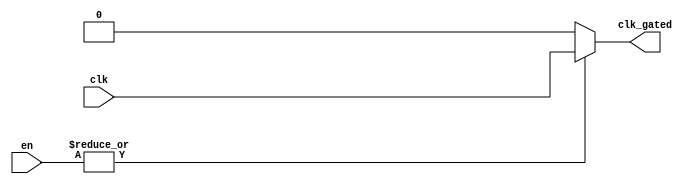
module clock_gating (
    input wire clk,               // Primary clock signal
    input wire [N-1:0] en,       // Enable signals (N can be defined as needed)
    output wire clk_gated        // Gated clock signal
);
    parameter N = 4;             // Number of enable signals (adjust as needed)

    // Internal signal to hold the OR result of enable signals
    wire enable_or;

    // OR gate to combine enable signals
    assign enable_or = |en;      // Bitwise OR operation on enable signals

    // Gated clock logic
    assign clk_gated = enable_or ? clk : 1'b0; // If any enable is high, pass clk; otherwise, output 0

endmodule